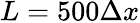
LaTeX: L=500\Delta x